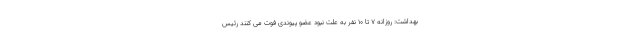
بهداشت: روزانه ۷ تا ۱۰ نفر به علت نبود عضو پیوندی فوت می کنند رئیس